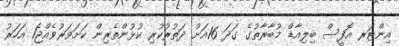
އިންޓަރ އޮފީސް ބިލިއާޑް މުބާރާތުގެ ގަދަ 16އަށް ދަތުރުކުރި ކުޅުންތެރިން ކަށަވަރުވެއްޖެ1 އަހަރު